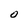
Character: O